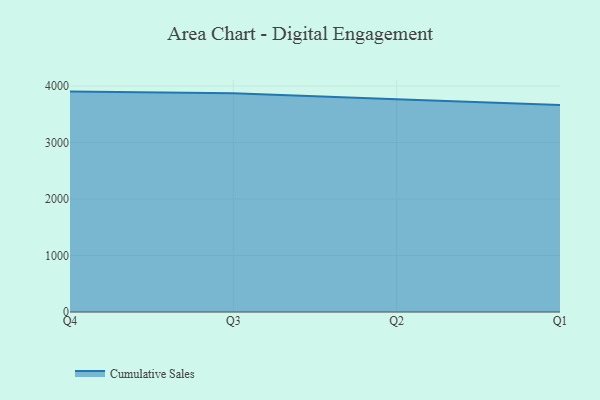
{"axis": {"x": "Quarter", "y": "Bounce Rate (%)"}, "legend": ["Cumulative Sales"], "data": [{"x": "Q4", "y": 3901.5, "type": "Cumulative Sales"}, {"x": "Q3", "y": 3872.4, "type": "Cumulative Sales"}, {"x": "Q2", "y": 3767.3, "type": "Cumulative Sales"}, {"x": "Q1", "y": 3666.4, "type": "Cumulative Sales"}]}